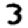
Digit: 3